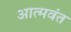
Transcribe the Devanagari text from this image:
आत्मवंत